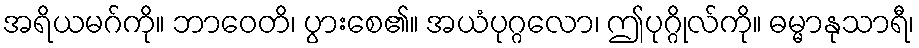
အရိယမဂ်ကို။ ဘာဝေတိ၊ ပွားစေ၏။ အယံပုဂ္ဂလော၊ ဤပုဂ္ဂိုလ်ကို။ ဓမ္မာနုသာရီ၊